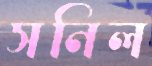
সনিল